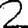
Digit: 2